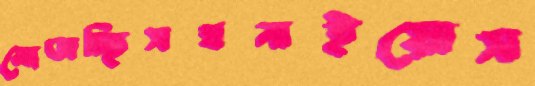
মোতাচ্ছিসঘনাইয়োস